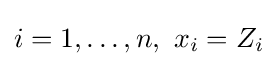
i=1,\ldots ,n,\ x_{i}=Z_{i}